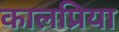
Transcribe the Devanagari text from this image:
कालप्रिया